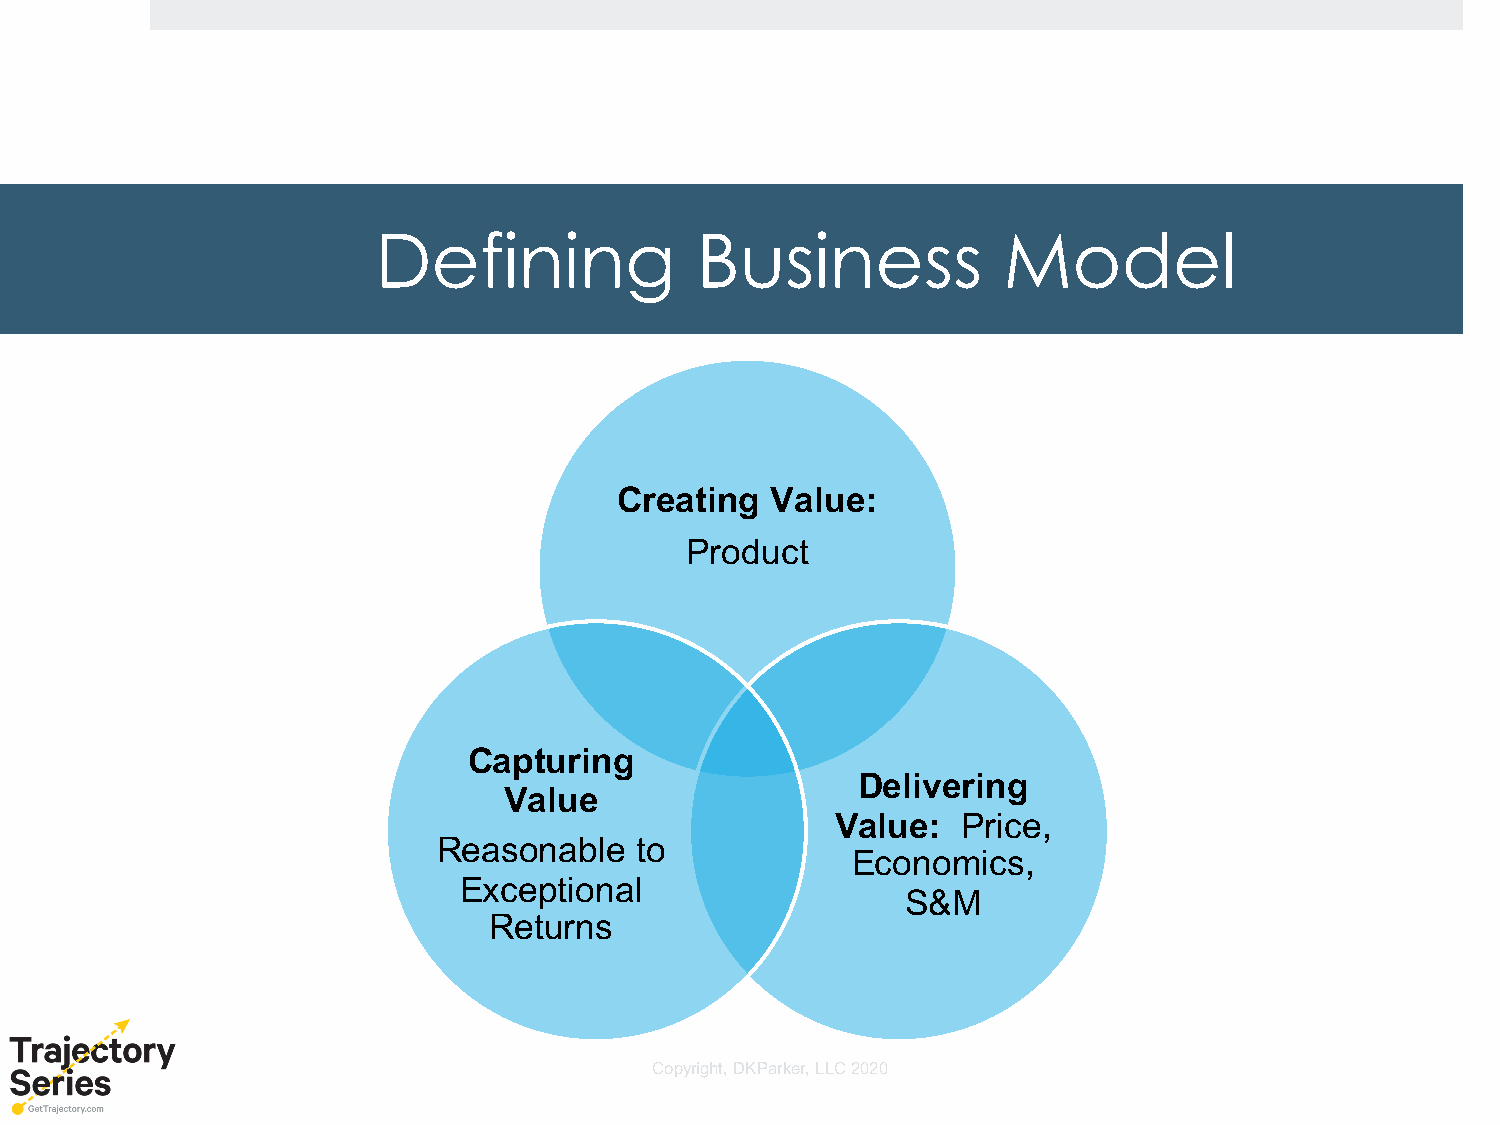
Defining             Business            Model
 Creating  Value:
 Product
 Capturing
 Delivering
 Value
 Value:   Price,
 Reasonable   to
 Economics,
 Exceptional
 S&M
 Returns
 Copyright, DKParker, LLC 2020